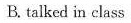
B. talked in class